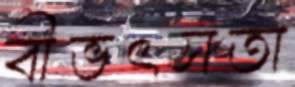
বীভৎসতা